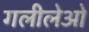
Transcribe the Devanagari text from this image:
गलीलेओ